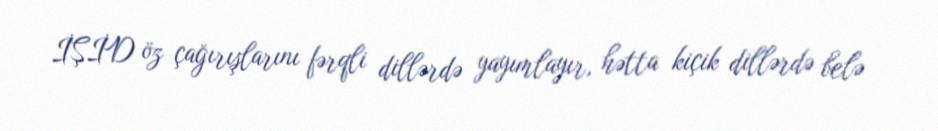
İŞİD öz çağırışlarını fərqli dillərdə yayımlayır, hətta kiçik dillərdə belə